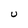
Character: U